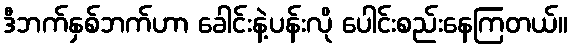
ဒီဘက်နှစ်ဘက်ဟာ ခေါင်းနဲ့ပန်းလို ပေါင်းစည်းနေကြတယ်။